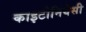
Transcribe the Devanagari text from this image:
काइटोनियेसी